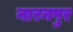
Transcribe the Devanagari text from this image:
नारनपुर